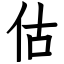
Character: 估